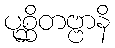
ပုစ္ဆိတဗ္ဗာနိ